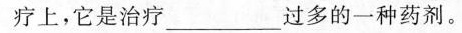
疗上，它是治疗___过多的一种药剂。